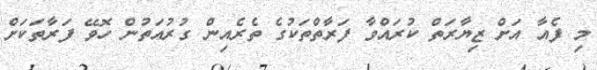
މި ފެއާ އަށް ޒިޔާރަތް ކުރައްވާ ފަރާތްތަކުގެ ތެރެއިން ގުރުއަތުން ހޮވޭ ފަރާތަކަށް